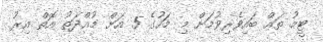
ޓީމު ތައް ބައިވެރިވުމަށް މި މަހުގެ 5 އަށް މުއްދަތު އޮތް އިރު